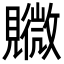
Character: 覹